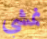
نمشي